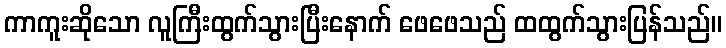
ကာကူးဆိုသော လူကြီးထွက်သွားပြီးနောက် ဖေဖေသည် ထထွက်သွားပြန်သည်။